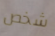
شخص